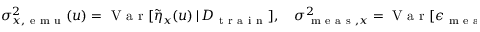
\begin{array} { r } { \sigma _ { x , \mathrm { ~ e ~ m ~ u ~ } } ^ { 2 } ( u ) = \mathrm { ~ V ~ a ~ r ~ } [ \Tilde { \eta } _ { x } ( u ) \, \vert \, D _ { \mathrm { ~ t ~ r ~ a ~ i ~ n ~ } } ] , \quad \sigma _ { \mathrm { ~ m ~ e ~ a ~ s ~ } , x } ^ { 2 } = \mathrm { ~ V ~ a ~ r ~ } [ \epsilon _ { \mathrm { ~ m ~ e ~ a ~ s ~ } , x } ] , \quad \hat { \eta } _ { x } ( u ) = \mathbb { E } [ \Tilde { \eta } _ { x } ( u ) \, \vert \, D _ { \mathrm { ~ t ~ r ~ a ~ i ~ n ~ } } ] . } \end{array}